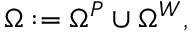
\begin{array} { r } { \Omega : = \Omega ^ { P } \cup \Omega ^ { W } , } \end{array}